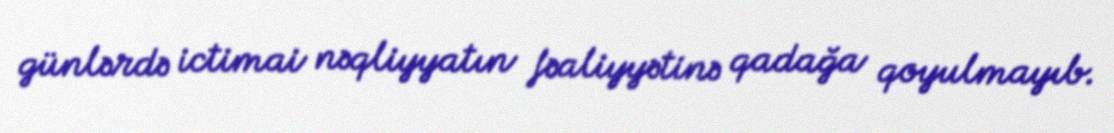
günlərdə ictimai nəqliyyatın fəaliyyətinə qadağa qoyulmayıb.